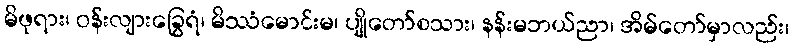
မိဖုရား၊ ဝန်းလျားခြွေရံ၊ မိဿံမောင်းမ၊ ပျိုတော်စသား၊ နန်းမဘယ်ညာ၊ အိမ်တော်မှာလည်း၊